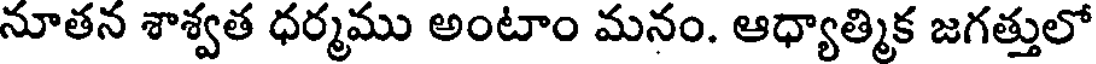
నూతన శాశ్వత ధర్మము అంటాం మనం. ఆధ్యాత్మిక జగత్తులో